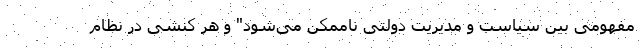
مفهومی بین سیاست و مدیریت دولتی ناممکن می‌شود" و هر کنشی در نظام